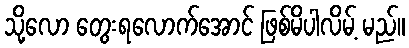
သို့လော တွေးရလောက်အောင် ဖြစ်မိပါလိမ့် မည်။